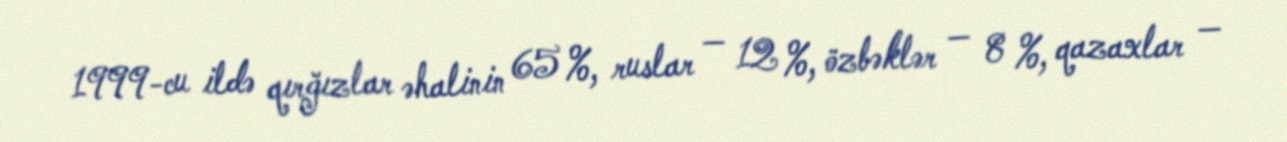
1999-cu ildə qırğızlar əhalinin 65 %, ruslar — 12 %, özbəklər — 8 %, qazaxlar —